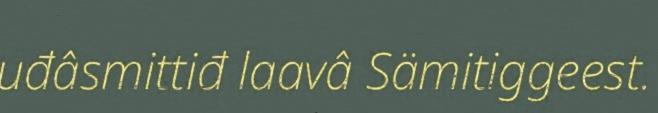
uđâsmittiđ laavâ Sämitiggeest.